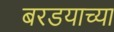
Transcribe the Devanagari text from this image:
बरडयाच्या